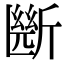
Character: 㫁